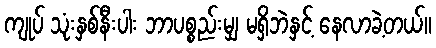
ကျုပ် သုံးနှစ်နီးပါး ဘာပစ္စည်းမျှ မရှိဘဲနှင့် နေလာခဲ့တယ်။